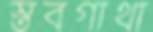
স্তবগাথা